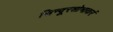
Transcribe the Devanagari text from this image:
सिन्दूरशोभाकरं